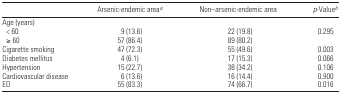
<table><thead><tr><td></td><td><b>Arsenic-endemic areaa</b></td><td><b>Non–arsenic-endemic area</b></td><td><b><i>p</i>-Valueb</b></td></tr></thead><tbody><tr><td colspan="4">Age (years)</td></tr><tr><td> &lt; 60</td><td>9 (13.6)</td><td>22 (19.8)</td><td>0.295</td></tr><tr><td> ≥ 60</td><td>57 (86.4)</td><td>89 (80.2)</td><td></td></tr><tr><td>Cigarette smoking</td><td>47 (72.3)</td><td>55 (49.6)</td><td>0.003</td></tr><tr><td>Diabetes mellitus</td><td>4 (6.1)</td><td>17 (15.3)</td><td>0.066</td></tr><tr><td>Hypertension</td><td>15 (22.7)</td><td>38 (34.2)</td><td>0.106</td></tr><tr><td>Cardiovascular disease</td><td>6 (13.6)</td><td>16 (14.4)</td><td>0.900</td></tr><tr><td>ED</td><td>55 (83.3)</td><td>74 (66.7)</td><td>0.016</td></tr></tbody></table>